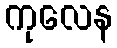
ကုလေန